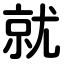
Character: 就